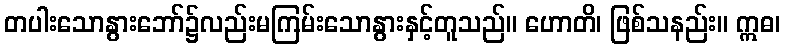
တပါးသောနွားဘော်၌လည်းမကြမ်းသောနွားနှင့်တူသည်။ ဟောတိ၊ ဖြစ်သနည်း။ ဣဓ၊